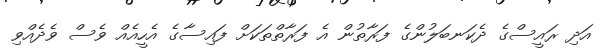
އަދި ރައީސްގެ ދެކަނބަލުންގެ ފަރާތުން އެ ފަރާތްތަކަށް ފައިސާގެ އެހީއެއް ވެސް ވެދެއްވި